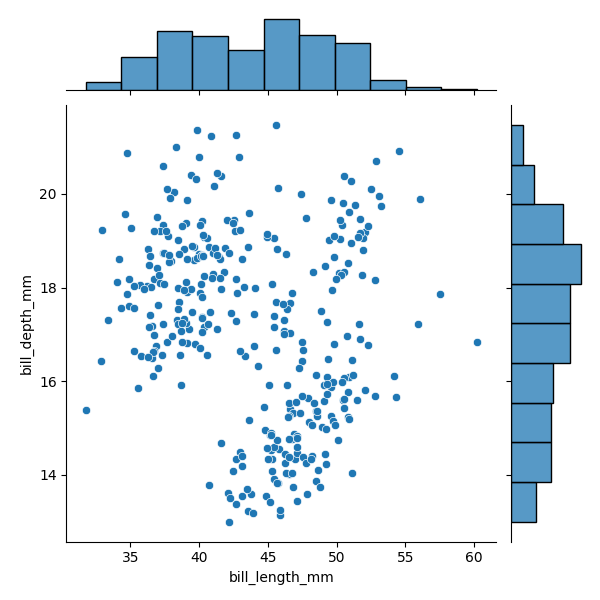
python, seaborn, JointGrid, scatterplot, histplot